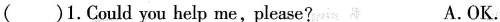
()1.Could you help me,please? A.OK.